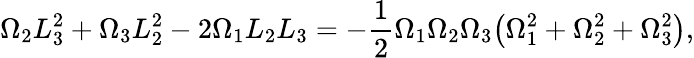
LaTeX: \Omega_{2}L_{3}^{2}+\Omega_{3}L_{2}^{2}-2\Omega_{1}L_{2}L_{3}=-\frac{1}{2}\Omega_{1}\Omega_{2}\Omega_{3}\big(\Omega_{1}^{2}+\Omega_{2}^{2}+\Omega_{3}^{2}\big),